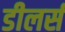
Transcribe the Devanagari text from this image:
डीलर्स